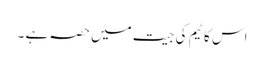
اس کا ٹیم کی جیت میں حصہ ہے ۔